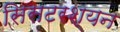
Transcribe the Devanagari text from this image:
सिसटरश्यन